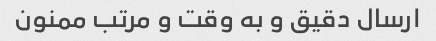
ارسال دقیق و به وقت و مرتب ممنون